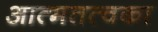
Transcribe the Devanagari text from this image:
आत्मतत्वका